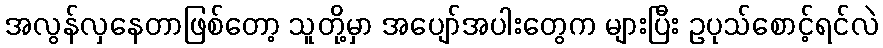
အလွန်လှနေတာဖြစ်တော့ သူတို့မှာ အပျော်အပါးတွေက များပြီး ဥပုသ်စောင့်ရင်လဲ